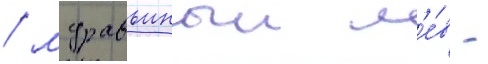
/ муравьиныи л'е́в -